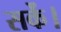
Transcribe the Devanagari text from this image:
सकेंं।